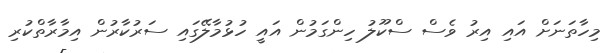
މިހާތަނަށް އައި އިރު ވެސް ސްކޫލު ހިންގަމުން އައީ ހުޅުމާލޭގައި ސަރުކާރުން އިމާރާތްކުރި